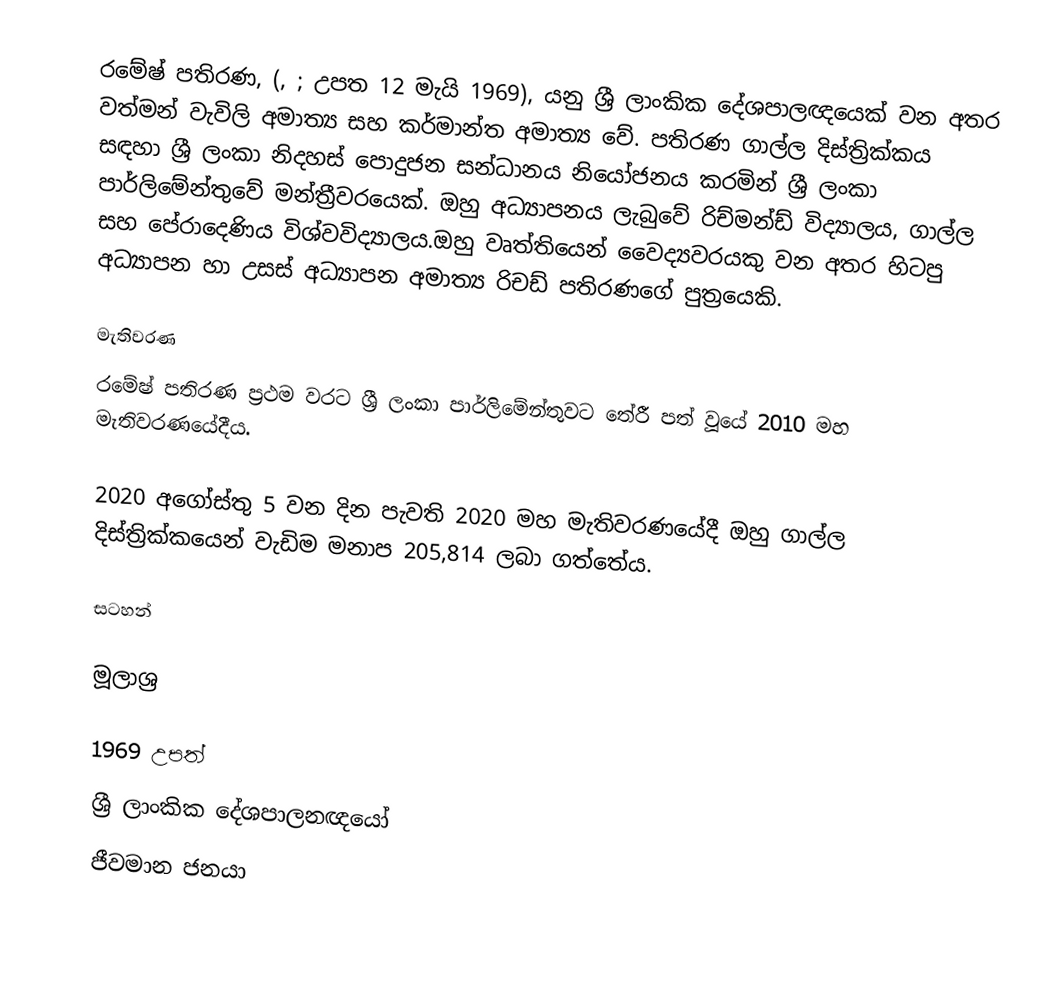
රමේෂ් පතිරණ, (, ; උපත 12 මැයි 1969), යනු ශ්‍රී ලාංකික දේශපාලඥයෙක් වන අතර වත්මන් වැවිලි අමාත්‍ය සහ කර්මාන්ත අමාත්‍ය වේ. පතිරණ ගාල්ල දිස්ත්‍රික්කය සඳහා ශ්‍රී ලංකා නිදහස් පොදුජන සන්ධානය නියෝජනය කරමින් ශ්‍රී ලංකා පාර්ලිමේන්තුවේ මන්ත්‍රීවරයෙක්. ඔහු අධ්‍යාපනය ලැබුවේ රිච්මන්ඩ් විද්‍යාලය, ගාල්ල සහ පේරාදෙණිය විශ්වවිද්‍යාලය.ඔහු වෘත්තියෙන් වෛද්‍යවරයකු වන අතර හිටපු අධ්‍යාපන හා උසස් අධ්‍යාපන අමාත්‍ය රිචඩ් පතිරණගේ පුත්‍රයෙකි.

මැතිවරණ
රමේෂ් පතිරණ ප්‍රථම වරට ශ්‍රී ලංකා පාර්ලිමේන්තුවට තේරී පත් වූයේ 2010 මහ මැතිවරණයේදීය.

2020 අගෝස්තු 5 වන දින පැවති 2020 මහ මැතිවරණයේදී ඔහු ගාල්ල දිස්ත්‍රික්කයෙන් වැඩිම මනාප 205,814 ලබා ගත්තේය.

සටහන්

මූලාශ්‍ර

1969 උපත්
ශ්‍රී ලාංකික දේශපාලනඥයෝ
ජීවමාන ජනයා